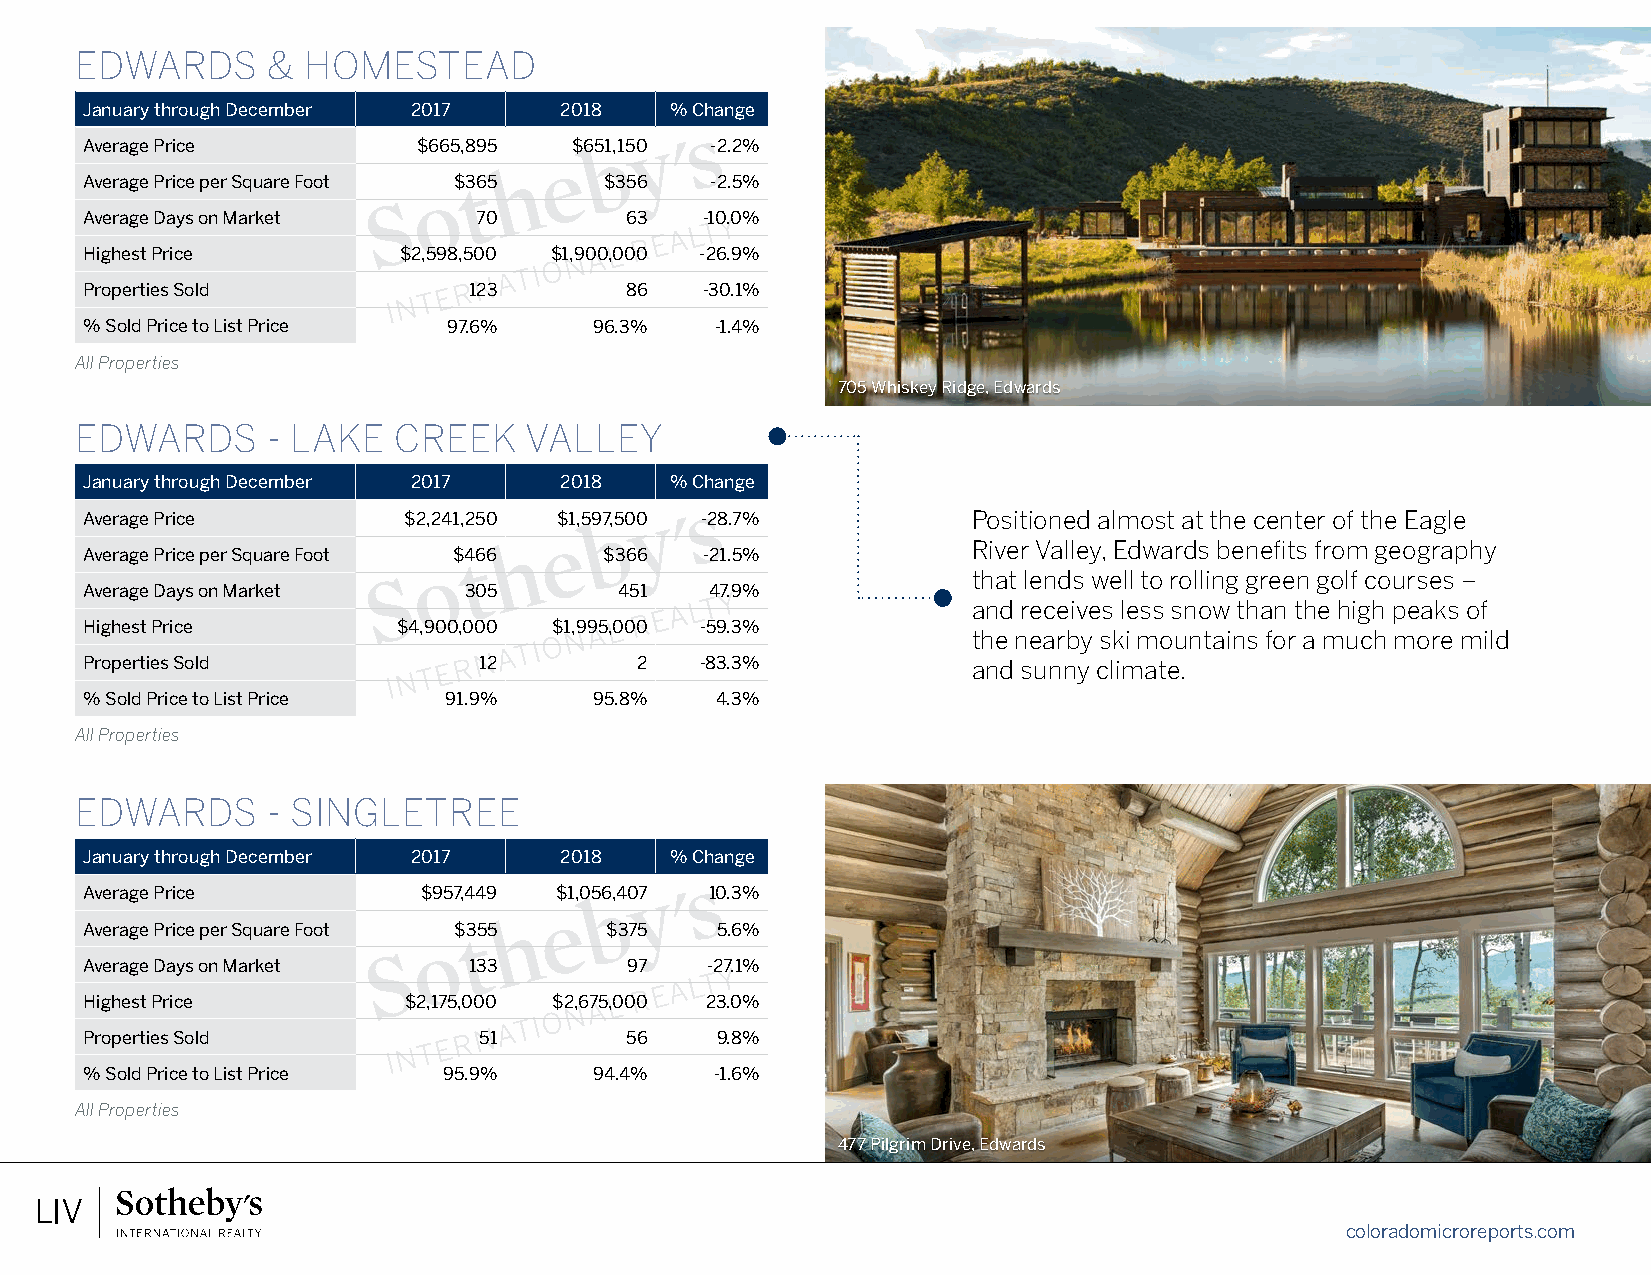
EDWARDS      & HOMESTEAD
 January through December 2017  2018   % Change
 Average Price         $665,895  $651,150 -2.2%
 Average Price per Square Foot $365 $356  -2.5%
 Average Days on Market    70       63   -10.0%
 Highest Price       $2,598,500 $1,900,000 -26.9%
 Properties Sold          123       86   -30.1%
 % Sold Price to List Price 97.6% 96.3%   -1.4%
 All Properties
 705 Whiskey Ridge, Edwards
 EDWARDS      - LAKE  CREEK    VALLEY
 January through December 2017  2018   % Change
 Average Price        $2,241,250 $1,597,500 -28.7%         Positioned almost at the center of the Eagle
 River Valley, Edwards benefits from geography
 Average Price per Square Foot $466 $366 -21.5%
 that lends well to rolling green golf courses –
 Average Days on Market   305       451   47.9%
 and receives less snow than the high peaks of
 Highest Price       $4,900,000 $1,995,000 -59.3%
 the nearby ski mountains for a much more mild
 Properties Sold           12        2   -83.3%            and sunny climate.
 % Sold Price to List Price 91.9% 95.8%   4.3%
 All Properties
 EDWARDS      - SINGLETREE
 January through December 2017  2018   % Change
 Average Price         $957,449 $1,056,407 10.3%
 Average Price per Square Foot $355 $375  5.6%
 Average Days on Market   133        97   -27.1%
 Highest Price        $2,175,000 $2,675,000 23.0%
 Properties Sold           51       56    9.8%
 % Sold Price to List Price 95.9% 94.4%   -1.6%
 All Properties
 477 Pilgrim Drive, Edwards
 coloradomicroreports.com